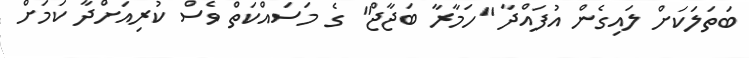
ބަތަލަކަށް ލައިގެން އުފައްދާ "ހަމާރާ ބަޖާޖް" ގެ މަސައްކަތް ވެސް ކުރިއަށްދާ ކަމަށް